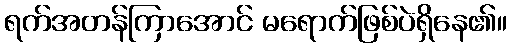
ရက်အတန်ကြာအောင် မရောက်ဖြစ်ပဲရှိနေ၏။